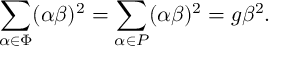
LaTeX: \sum _ { \alpha \in \Phi } ( \alpha \beta ) ^ { 2 } = \sum _ { \alpha \in P } ( \alpha \beta ) ^ { 2 } = g \beta ^ { 2 } .